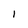
Character: I